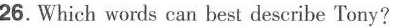
26. Which words can best describe Tony?